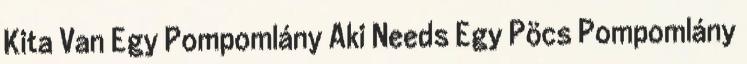
Kita Van Egy Pompomlány Aki Needs Egy Pöcs Pompomlány